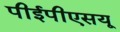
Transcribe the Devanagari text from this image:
पीईपीएसयू